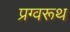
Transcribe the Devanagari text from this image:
प्रग्वरूथ